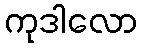
ကုဒါလော